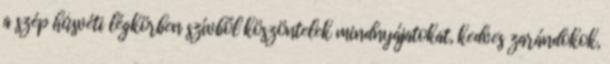
a szép húsvéti légkörben szívből köszöntelek mindnyájatokat, kedves zarándokok,